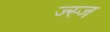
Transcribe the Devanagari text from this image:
ज्स्ज